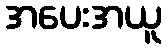
အပေးအယူ